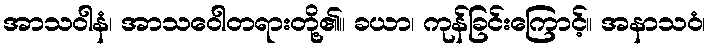
အာသဝါနံ၊ အာသဝေါတရားတို့၏။ ခယာ၊ ကုန်ခြင်းကြောင့်။ အနာသဝံ၊